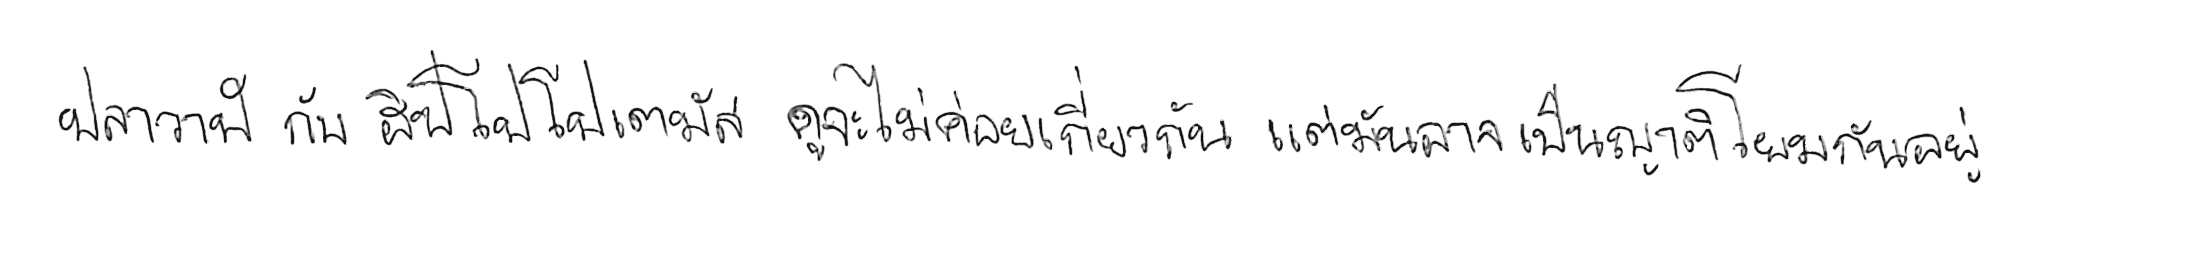
ปลาวาฬ กับ ฮิปโปโปเตมัส ดูจะไม่ค่อยเกี่ยวกัน แต่มันอาจเป็นญาติโยมกันอยู่